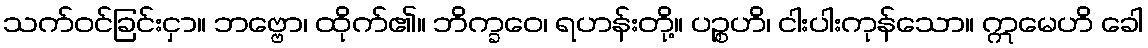
သက်ဝင်ခြင်းငှာ။ ဘဗ္ဗော၊ ထိုက်၏။ ဘိက္ခဝေ၊ ရဟန်းတို့။ ပဉ္စဟိ၊ ငါးပါးကုန်သော။ ဣမေဟိ ခေါ